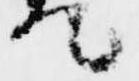
て